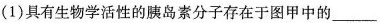
(1)具有生物学活性的胰岛素分子存在于图甲中的____